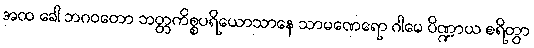
အထ ခေါ ဘဂဝတော ဘတ္တကိစ္စပရိယောသာနေ သာမဏေရော ဂါမေ ပိဏ္ဍာယ စရိတွာ